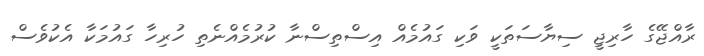
ރާއްޖޭގެ ހާރިޖީ ސިޔާސަތަކީ ވަކި ގައުމެއް އިސްތިސްނާ ކުރުމެއްނެތި ހުރިހާ ގައުމަކާ އެކުވެސް